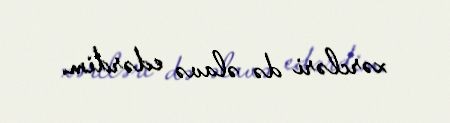
xərcləri də əlavə edərdim.